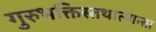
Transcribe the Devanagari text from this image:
गुरुभक्तिस्तथात्यान्ता